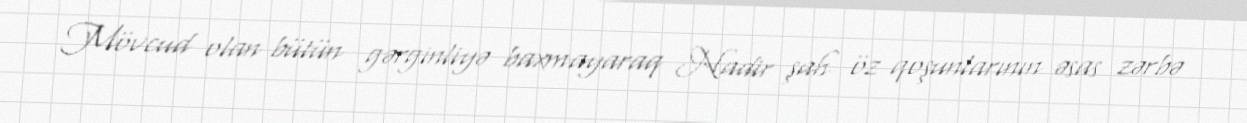
Mövcud olan bütün gərginliyə baxmayaraq Nadir şah öz qoşunlarının əsas zərbə